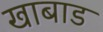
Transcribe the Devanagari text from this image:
खाबाड